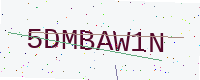
Text: 5DMBAW1N